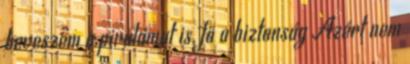
beveszem a pirulámat is, fő a biztonság Azért nem